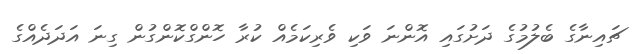
ޗައިނާގެ ބެލުމުގެ ދަށުގައި އޮންނަ ވަކި ވެރިކަމެއް ކުރާ ހޮންގްކޮންގުން ގިނަ އަދަދެއްގެ